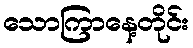
သောကြာနေ့တိုင်း